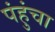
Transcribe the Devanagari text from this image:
पंहुंचा